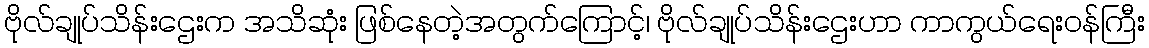
ဗိုလ်ချုပ်သိန်းဌေးက အသိဆုံး ဖြစ်နေတဲ့အတွက်ကြောင့်၊ ဗိုလ်ချုပ်သိန်းဌေးဟာ ကာကွယ်ရေးဝန်ကြီး